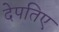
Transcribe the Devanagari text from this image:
देपतिए